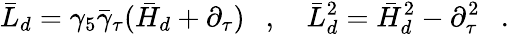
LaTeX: \bar{L}_{d}=\gamma_{5}\bar{\gamma}_{\tau}(\bar{H}_{d}+\partial_{\tau})~~~,~~~~\bar{L}_{d}^{2}=\bar{H}_{d}^{2}-\partial_{\tau}^{2}~~~.